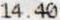
14.40